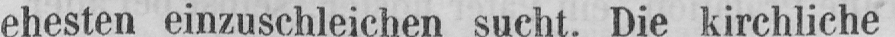
ehesten einzuschleichen sucht. Die kirchliche